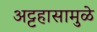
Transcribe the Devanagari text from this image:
अट्टहासामुळे